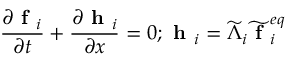
\frac { \partial \textbf { f } _ { i } } { \partial t } + \frac { \partial \textbf { h } _ { i } } { \partial x } = 0 ; \textbf { h } _ { i } = \widetilde { \Lambda } _ { i } \widetilde { \textbf { f } } _ { i } ^ { e q }